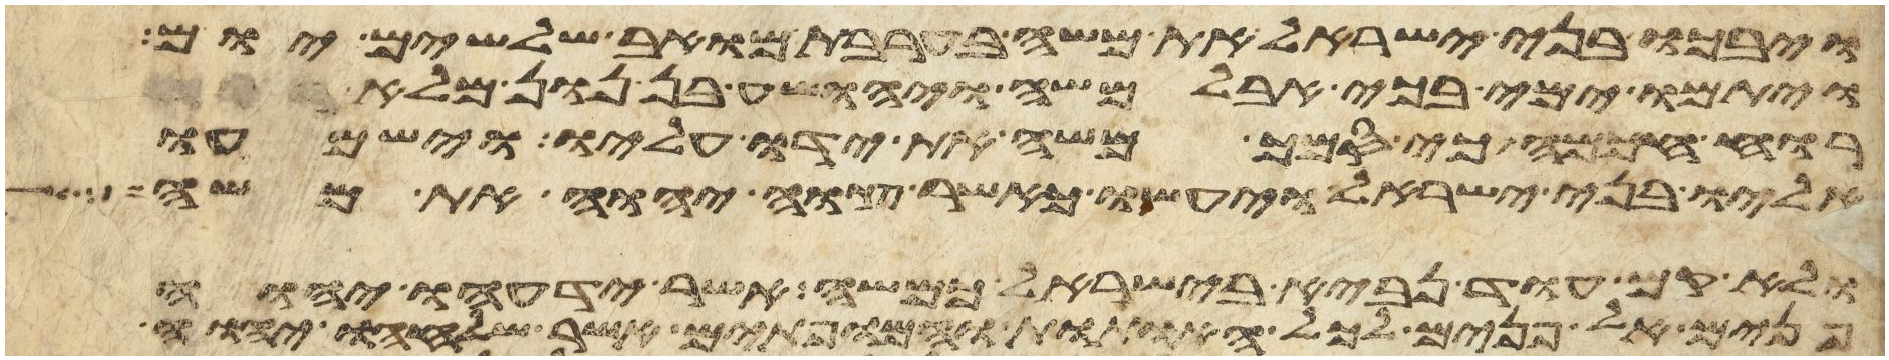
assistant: ויבכו בני ישראל את משה בערבת מואב שלשים יום
ויתמו ימי בכי אבל משה ויהושע בן נון מלא
רוח חכמה כי סמך משה את ידו עליו וישמעו
אליו בני ישראל ויעשו כאשר צוה יהוה את משה
ולא קם עוד נביא בישראל כמשה אשר ידעו יהוה
פנים אל פנים לכל האתות והמופתים אשר שלחו יהוה